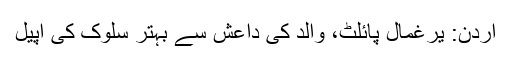
اردن: یرغمال پائلٹ، والد کی داعش سے بہتر سلوک کی اپیل